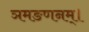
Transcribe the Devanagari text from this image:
ञमङणनम्।